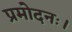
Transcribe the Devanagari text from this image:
प्रमोदनः।